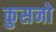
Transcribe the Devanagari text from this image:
कुसनो